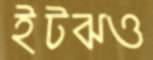
ইটঝও